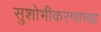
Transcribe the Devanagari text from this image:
सुशोभीकरणाच्या